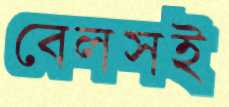
বেলসই